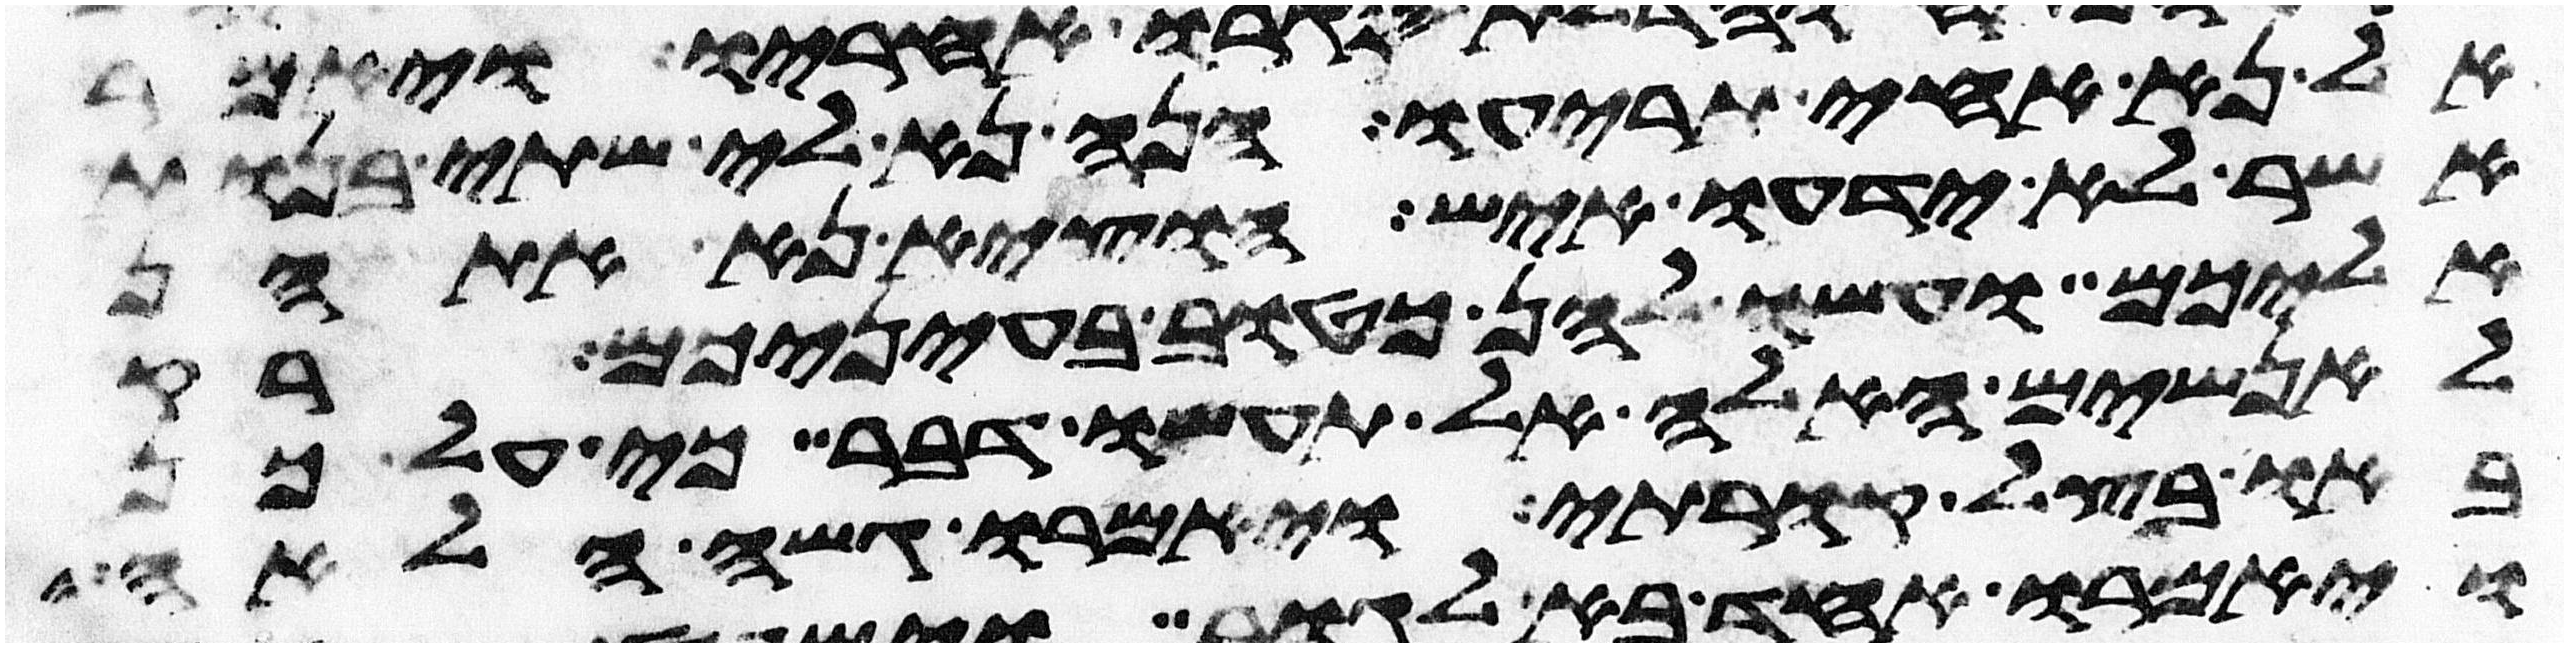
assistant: אל נא אחי תריעו הנה נא לי שתי בנות
אשר לא ידעו איש הוציא נא אתהן
אליכם ועשו להן כטוב בעיניכם רק
לאנשים האלה אל תעשו דבר כי על כן
באו בצל קורתי ויאמרו גשה הלאה